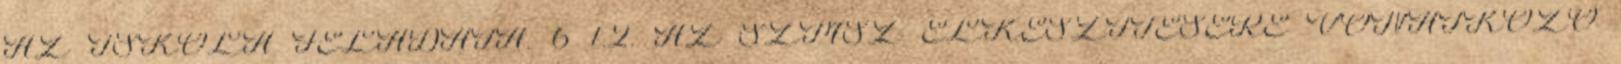
AZ ISKOLA FELADATA. 6 1.2. AZ SZMSZ ELKÉSZÍTÉSÉRE VONATKOZÓ